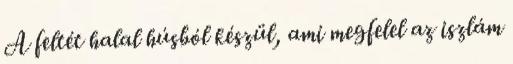
A feltét halal húsból készül, ami megfelel az iszlám